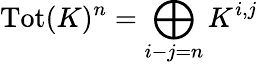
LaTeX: \operatorname{Tot}(K)^{n}=\bigoplus_{i-j=n}K^{i,j}